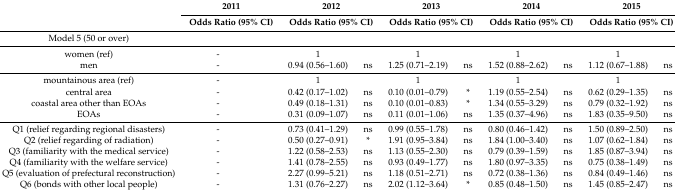
<table><thead><tr><td rowspan="2"></td><td colspan="2"><b>2011</b></td><td colspan="2"><b>2012</b></td><td colspan="2"><b>2013</b></td><td colspan="2"><b>2014</b></td><td colspan="2"><b>2015</b></td></tr><tr><td colspan="2"><b>Odds Ratio (95% CI)</b></td><td colspan="2"><b>Odds Ratio (95% CI)</b></td><td colspan="2"><b>Odds Ratio (95% CI)</b></td><td colspan="2"><b>Odds Ratio (95% CI)</b></td><td colspan="2"><b>Odds Ratio (95% CI)</b></td></tr></thead><tbody><tr><td>Model 5 (50 or over)</td><td></td><td></td><td></td><td></td><td></td><td></td><td></td><td></td><td></td><td></td></tr><tr><td>women (ref)</td><td>-</td><td></td><td>1</td><td></td><td>1</td><td></td><td>1</td><td></td><td>1</td><td></td></tr><tr><td>men</td><td>-</td><td></td><td>0.94 (0.56–1.60)</td><td>ns</td><td>1.25 (0.71–2.19)</td><td>ns</td><td>1.52 (0.88–2.62)</td><td>ns</td><td>1.12 (0.67–1.88)</td><td>ns</td></tr><tr><td>mountainous area (ref)</td><td>-</td><td></td><td>1</td><td></td><td>1</td><td></td><td>1</td><td></td><td>1</td><td></td></tr><tr><td>central area</td><td>-</td><td></td><td>0.42 (0.17–1.02)</td><td>ns</td><td>0.10 (0.01–0.79)</td><td>*</td><td>1.19 (0.55–2.54)</td><td>ns</td><td>0.62 (0.29–1.35)</td><td>ns</td></tr><tr><td>coastal area other than EOAs</td><td>-</td><td></td><td>0.49 (0.18–1.31)</td><td>ns</td><td>0.10 (0.01–0.83)</td><td>*</td><td>1.34 (0.55–3.29)</td><td>ns</td><td>0.79 (0.32–1.92)</td><td>ns</td></tr><tr><td>EOAs</td><td>-</td><td></td><td>0.31 (0.09–1.07)</td><td>ns</td><td>0.11 (0.01–1.06)</td><td>ns</td><td>1.35 (0.37–4.96)</td><td>ns</td><td>1.83 (0.35–9.50)</td><td>ns</td></tr><tr><td>Q1 (relief regarding regional disasters)</td><td>-</td><td></td><td>0.73 (0.41–1.29)</td><td>ns</td><td>0.99 (0.55–1.78)</td><td>ns</td><td>0.80 (0.46–1.42)</td><td>ns</td><td>1.50 (0.89–2.50)</td><td>ns</td></tr><tr><td>Q2 (relief regarding of radiation)</td><td>-</td><td></td><td>0.50 (0.27–0.91)</td><td>*</td><td>1.91 (0.95–3.84)</td><td>ns</td><td>1.84 (1.00–3.40)</td><td>ns</td><td>1.07 (0.62–1.84)</td><td>ns</td></tr><tr><td>Q3 (familiarity with the medical service)</td><td>-</td><td></td><td>1.22 (0.58–2.53)</td><td>ns</td><td>1.13 (0.55–2.30)</td><td>ns</td><td>0.79 (0.39–1.59)</td><td>ns</td><td>1.85 (0.87–3.94)</td><td>ns</td></tr><tr><td>Q4 (familiarity with the welfare service)</td><td>-</td><td></td><td>1.41 (0.78–2.55)</td><td>ns</td><td>0.93 (0.49–1.77)</td><td>ns</td><td>1.80 (0.97–3.35)</td><td>ns</td><td>0.75 (0.38–1.49)</td><td>ns</td></tr><tr><td>Q5 (evaluation of prefectural reconstruction)</td><td>-</td><td></td><td>2.27 (0.99–5.21)</td><td>ns</td><td>1.18 (0.51–2.71)</td><td>ns</td><td>0.72 (0.38–1.36)</td><td>ns</td><td>0.84 (0.49–1.46)</td><td>ns</td></tr><tr><td>Q6 (bonds with other local people)</td><td>-</td><td></td><td>1.31 (0.76–2.27)</td><td>ns</td><td>2.02 (1.12–3.64)</td><td>*</td><td>0.85 (0.48–1.50)</td><td>ns</td><td>1.45 (0.85–2.47)</td><td>ns</td></tr></tbody></table>